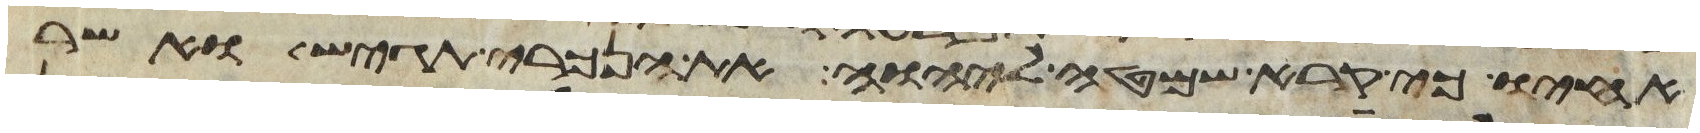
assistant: אחיו כי קרא שמטה ליהוה את הנכרי תגש ואשר